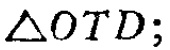
$\triangle OTD;$